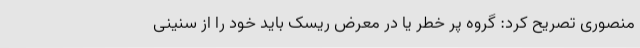
منصوری تصریح کرد: گروه پر خطر یا در معرض ریسک باید خود را از سنینی